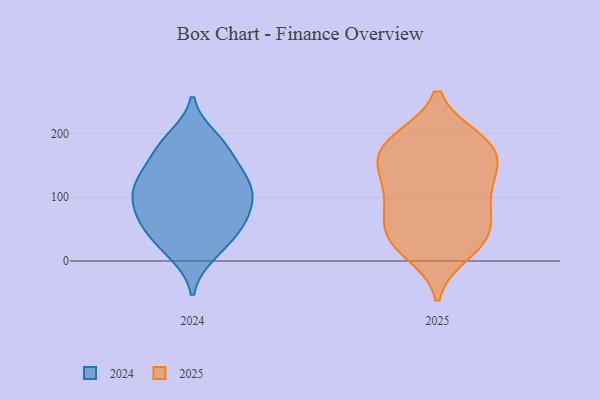
{"axis": {"x": "Market Share (%)", "y": "Value"}, "legend": ["2024", "2025"], "data": [{"x": "", "y": 98, "type": "2024"}, {"x": "", "y": 16, "type": "2024"}, {"x": "", "y": 11, "type": "2024"}, {"x": "", "y": 36, "type": "2024"}, {"x": "", "y": 103, "type": "2024"}, {"x": "", "y": 193, "type": "2024"}, {"x": "", "y": 70, "type": "2024"}, {"x": "", "y": 134, "type": "2024"}, {"x": "", "y": 173, "type": "2024"}, {"x": "", "y": 140, "type": "2024"}, {"x": "", "y": 176, "type": "2024"}, {"x": "", "y": 72, "type": "2024"}, {"x": "", "y": 56, "type": "2024"}, {"x": "", "y": 114, "type": "2024"}, {"x": "", "y": 101, "type": "2024"}, {"x": "", "y": 186, "type": "2024"}, {"x": "", "y": 129, "type": "2024"}, {"x": "", "y": 69, "type": "2024"}, {"x": "", "y": 122, "type": "2024"}, {"x": "", "y": 48, "type": "2024"}, {"x": "", "y": 54, "type": "2025"}, {"x": "", "y": 186, "type": "2025"}, {"x": "", "y": 43, "type": "2025"}, {"x": "", "y": 12, "type": "2025"}, {"x": "", "y": 157, "type": "2025"}, {"x": "", "y": 34, "type": "2025"}, {"x": "", "y": 135, "type": "2025"}, {"x": "", "y": 103, "type": "2025"}, {"x": "", "y": 19, "type": "2025"}, {"x": "", "y": 93, "type": "2025"}, {"x": "", "y": 192, "type": "2025"}, {"x": "", "y": 42, "type": "2025"}, {"x": "", "y": 98, "type": "2025"}, {"x": "", "y": 148, "type": "2025"}, {"x": "", "y": 189, "type": "2025"}, {"x": "", "y": 144, "type": "2025"}, {"x": "", "y": 163, "type": "2025"}, {"x": "", "y": 191, "type": "2025"}, {"x": "", "y": 77, "type": "2025"}]}